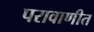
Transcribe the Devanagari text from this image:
परावाणीत